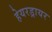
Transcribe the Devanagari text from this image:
हेयरड्रायर